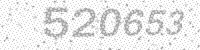
Solution: 520653